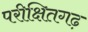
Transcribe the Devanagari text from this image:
परीक्षितगढ़